Vaccination in Bombay 1902-1912 - 1902-1912
Year: 1902
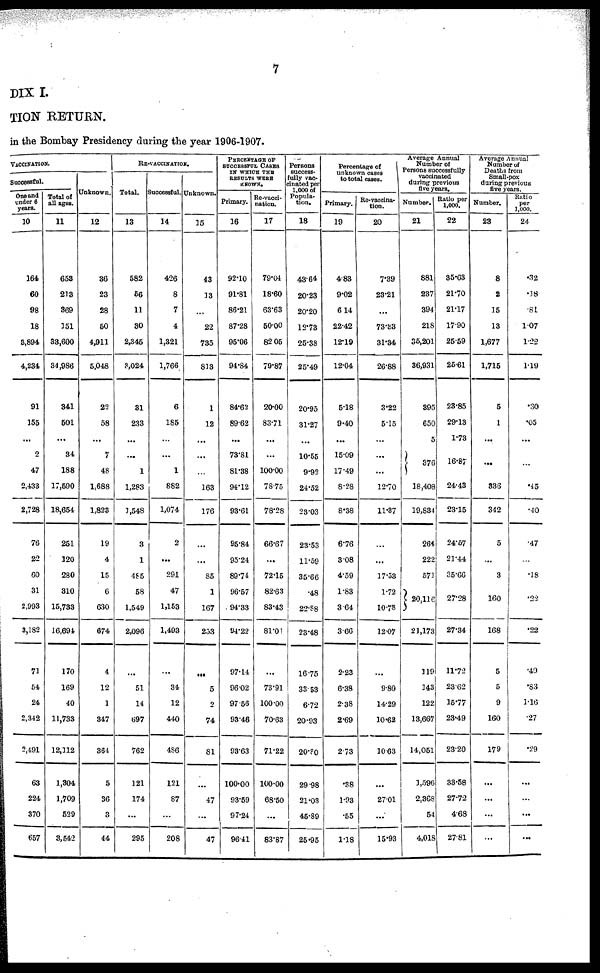
7
DIX I.
TION RETURN.
in the Bombay Presidency during the year 1906-1907.
VACCINATION.
Successful.
One and
under 6
years.
10
164
60
98
18
3,894
4,234
91
155
...
2
47
2,433
2,728
76
22
60
31
2,993
3,182
71
54
24
2,342
2,491
63
224
370
657
Total of
all ages.
11
658
213
369
151
33,600
34,986
341
501
...
34
188
17,590
18,654
251
120
280
310
15,733
16,694
170
169
40
11,733
12,112
1,304
1,709
529
3,542
Unknown.
12
36
23
28
50
4,911
5,048
22
58
...
7
48
1,688
1,823
19
4
15
6
630
674
4
12
1
347
364
5
36
3
44
RE-VACCINATION.
Total.
13
582
56
11
30
2,345
3,024
31
233
...
...
1
1,283
1,548
3
1
485
58
1,549
2,096
...
51
14
697
762
121
174
...
295
Successful.
14
426
8
7
4
1,321
1,766
6
185
...
...
1
882
1,074
2
...
291
47
1,153
1,493
...
34
12
440
486
121
87
...
208
Unknown.
15
43
33
...
22
735
813
1
12
...
...
...
163
176
...
...
85
1
167
253
...
5
2
74
81
...
47
...
47
PERCENTAGE OF
SUCCESSFUL CASES
IN WHICH THE
RESULTS WERE
KNOWN.
Primary.
16
92.10
91.81
86.21
87.28
95.06
94.84
84.62
89.62
...
73.81
81.38
94.12
93.61
95.84
95.24
89.74
96.57
94.33
94.22
97.14
96.02
97.56
93.46
93.63
100.00
93.59
97.24
96.41
Re-vacci-
nation.
17
79.04
18.60
63.63
50.00
82.05
79.87
20.00
83.71
...
...
100.00
78.75
78.28
66.67
...
72.15
82.63
83.43
81.01
...
73.91
100.00
70.63
71.22
100.00
68.50
...
83.87
Persons
success-
fully vac¬
cinated per
1,000 of
Popula-
tion.
18
43.64
20.23
20.20
12.73
25.38
25.49
20.95
31.27
...
10.55
9.92
24.52
23.03
23.53
11.59
35.66
.48
22.88
23.48
16.75
33.53
6.72
20.93
20.80
29.98
21.03
45.89
25.95
Percentage of
unknown cases
to total cases.
Primary.
19
4.83
9.02
6.14
22.42
12.19
12.04
5.18
9.40
...
15.09
17.49
8.28
8.38
6.76
3.08
4.59
1.83
3.64
3.66
2.23
6.38
2.38
2.69
2.73
.38
1.93
.55
1.18
Re-vaccina-
tion.
20
7.39
23.21
...
73.33
31.34
26.88
3.22
5.15
...
...
...
12.70
11.37
...
...
17.53
1.72
10.78
12.07
...
9.80
14.29
10.62
10.63
...
27.01
...
15.93
Average Annual
Number of
Persons successfully
vaccinated
during previous
five years.
Number.
21
881
237
394
218
35,201
36,931
395
650
5
376
18,408
19,834
264
222
571
20,116
21,173
319
143
122
13,667
14,051
1,596
2,368
54
4,018
Ratio per
1,000.
22
35.63
21.70
21.17
17.90
25.59
25.61
23.85
29.13
1.73
16.87
24.43
23.15
24.57
21.44
35.66
27.28
27.34
11.72
23.62
15.77
23.49
23.20
33.58
27.72
4.68
27.81
Average Annual
Number of
Deaths from
Small-pox
during previous
five years.
Number.
23
8
2
15
13
1,677
1,715
5
1
...
...
336
342
5
...
3
160
168
5
5
9
160
179
...
...
...
...
Ratio
per
1,000.
24
.32
.18
.81
1.07
1.22
1.19
.30
.05
...
...
.45
.40
.47
...
.18
.22
.22
.49
.83
1.16
.27
.29
...
...
...
...